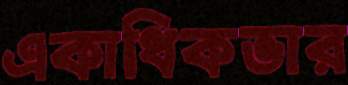
একাধিকভার